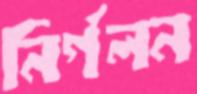
নির্গলন